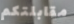
مقابلتكم